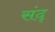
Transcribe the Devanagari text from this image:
संदृ